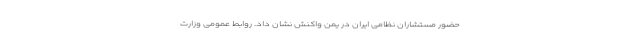
حضور مستشاران نظامی ایران در یمن واکنش نشان داد. روابط عمومی وزارت